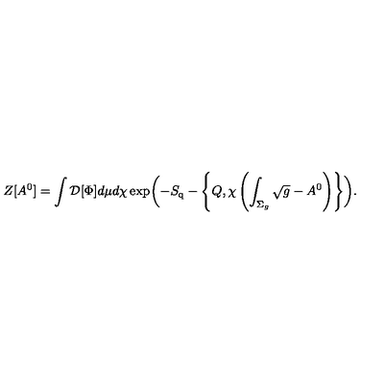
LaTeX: Z [ A ^ { 0 } ] = \int { \cal D } [ \Phi ] d \mu d \chi \exp \biggl ( - S _ { \mathrm { q } } - \left\{ Q , \chi \left( \int _ { \Sigma _ { g } } \sqrt { g } - A ^ { 0 } \right) \right\} \biggr ) .